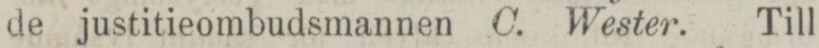
de justitieombudsmannen C. Wester. Till